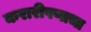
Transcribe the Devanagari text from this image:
करारीपणाचा